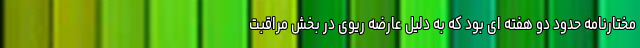
مختارنامه حدود دو هفته ای بود که به دلیل عارضه ریوی در بخش مراقبت